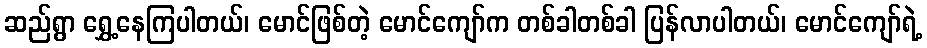
ဆည်ရွာ ရွှေ့နေကြပါတယ်၊ မောင်ဖြစ်တဲ့ မောင်ကျော်က တစ်ခါတစ်ခါ ပြန်လာပါတယ်၊ မောင်ကျော်ရဲ့